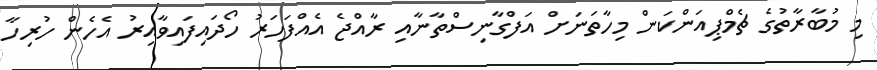
މި މުބާރާތުގެ ޗެމްޕިއަންކަން މިހާތަނަށް އަފްގާނިސްތާނާއި ރާއްޖެ އެއްފަހަރު ހޯދައިފައިވާއިރު އެހެން ހުރިހާ